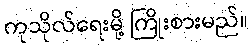
ကုသိုလ်ရေးမို့ ကြိုးစားမည်။